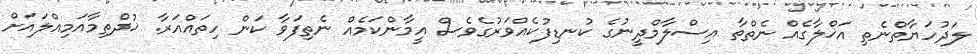
ލަދުހަޔާތްނެތި އަޚްލާގެއް ނެތްތާ އިސްލާމްދީނުގެ ކުނޑިފުކެއްވަރުގެވެސް އީމާންކަމެއް ނެތިފަވާ ކަން ހިތައްއަރާ. ޚުދްތިމާއަމިއްލައަށް